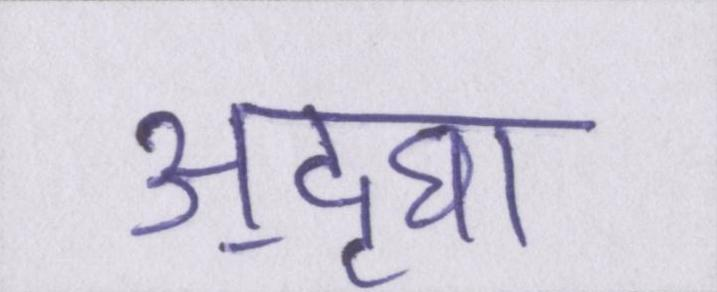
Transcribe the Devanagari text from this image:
अ॒द्घा